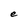
Character: e